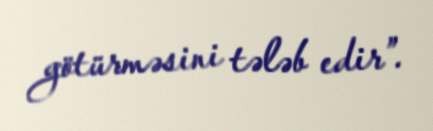
götürməsini tələb edir”.